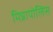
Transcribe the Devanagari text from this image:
मिन्नापोलिस